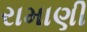
રામાણી